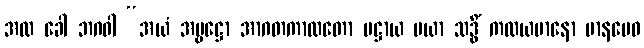
အထ ခေါ ဘဂဝါ “အယံ အမ္ဗဋ္ဌော အာဂတကာလတော ပဋ္ဌာယ မယာ သဒ္ဓိံ ကထယမာနော မာနမေဝ